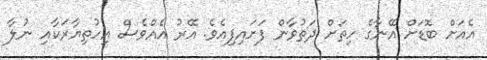
އެއަށް ބޮޑަށް އޭނާގެ ހިތަށް ދަތުވާން ފަށައިފިއެވެ. އޭރު އެއްވެސް އިހުތިޔާރަކާއި ނުލާ